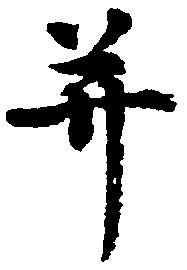
并